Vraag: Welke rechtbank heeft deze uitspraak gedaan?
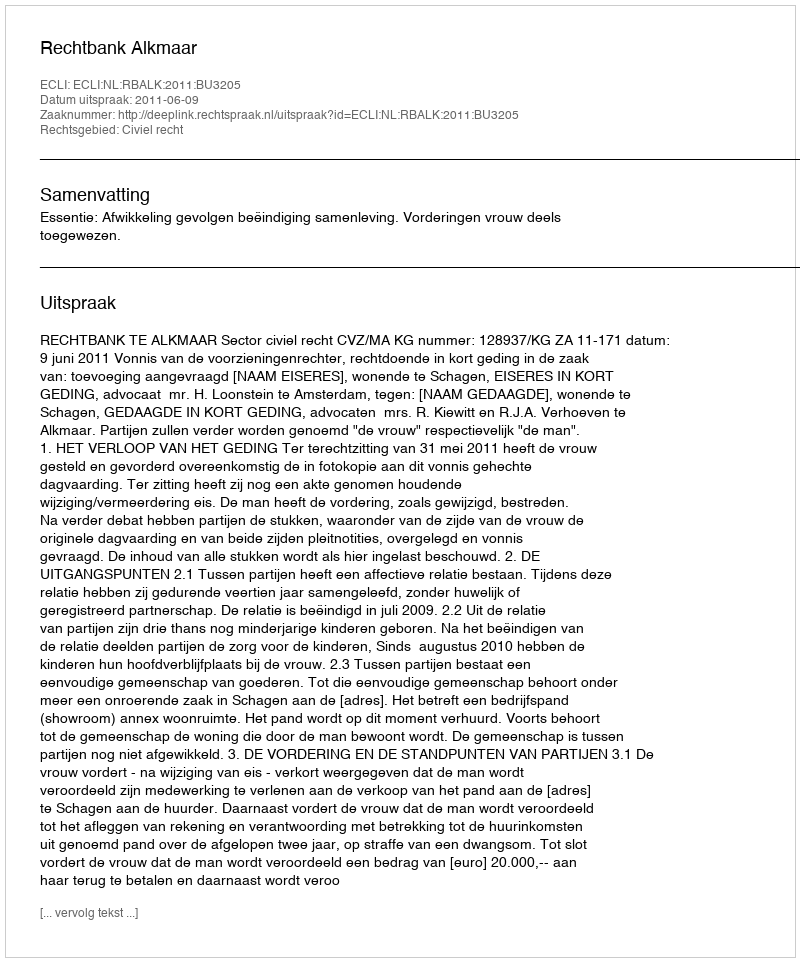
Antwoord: Rechtbank Alkmaar